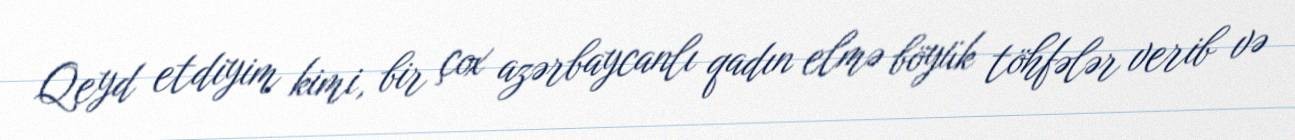
Qeyd etdiyim kimi, bir çox azərbaycanlı qadın elmə böyük töhfələr verib və